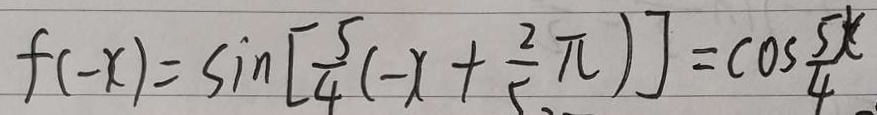
f ( - x ) = \sin [ \frac { 5 } { 4 } ( - x + \frac { 2 } { 5 } \pi ) ] = \cos \frac { 5 x } { 4 }